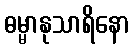
ဓမ္မာနုသာရိနော